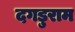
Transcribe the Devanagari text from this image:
दगडुराम